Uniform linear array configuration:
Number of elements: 8
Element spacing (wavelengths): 0.25
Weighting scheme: binomial
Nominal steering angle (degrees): -30
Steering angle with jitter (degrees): -29.03
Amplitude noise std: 0.05
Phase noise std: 0.05

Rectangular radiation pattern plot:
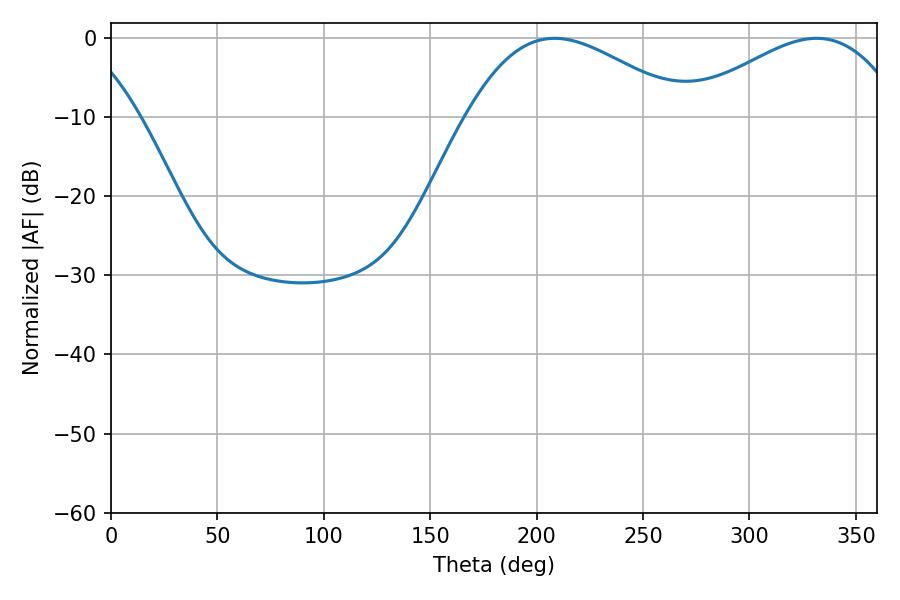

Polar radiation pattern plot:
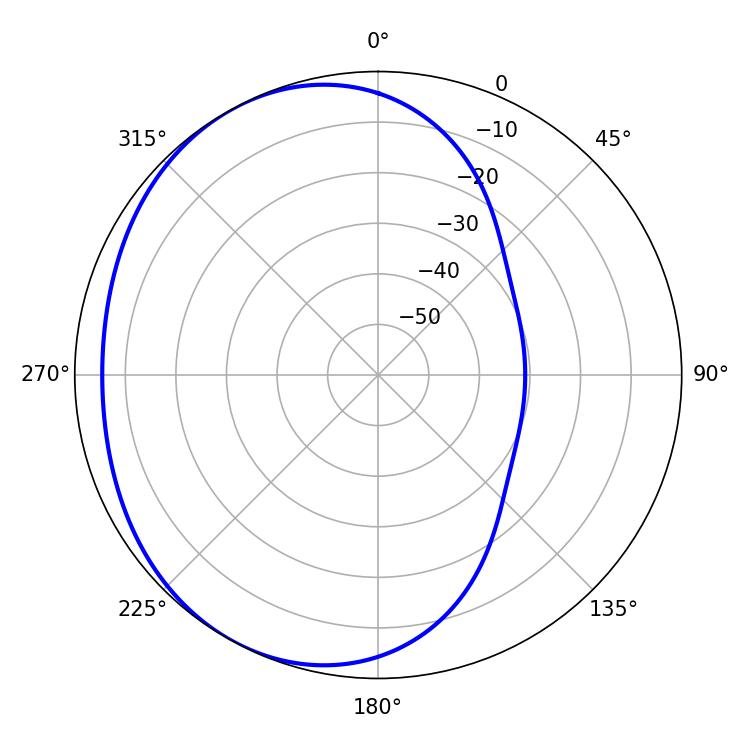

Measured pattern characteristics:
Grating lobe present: FALSE
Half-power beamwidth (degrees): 55.8
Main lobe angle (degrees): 208.44